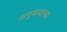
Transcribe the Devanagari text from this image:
अनुवादल्या